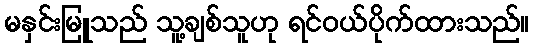
မနှင်းမြူသည် သူ့ချစ်သူဟု ရင်ဝယ်ပိုက်ထားသည်။